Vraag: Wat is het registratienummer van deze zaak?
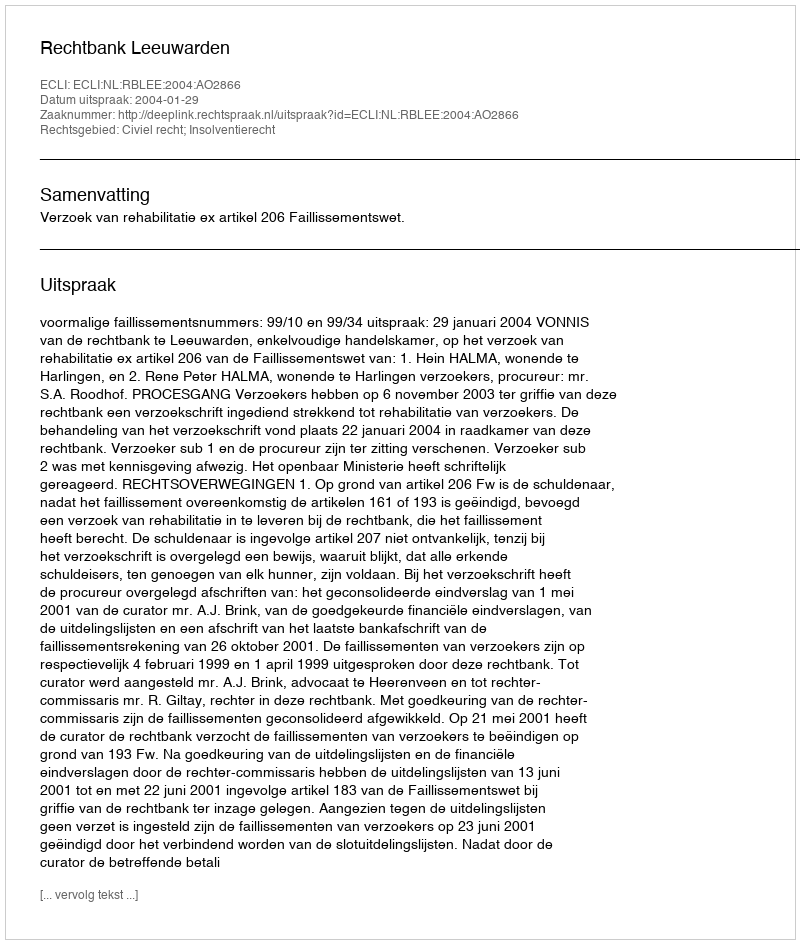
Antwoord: http://deeplink.rechtspraak.nl/uitspraak?id=ECLI:NL:RBLEE:2004:AO2866